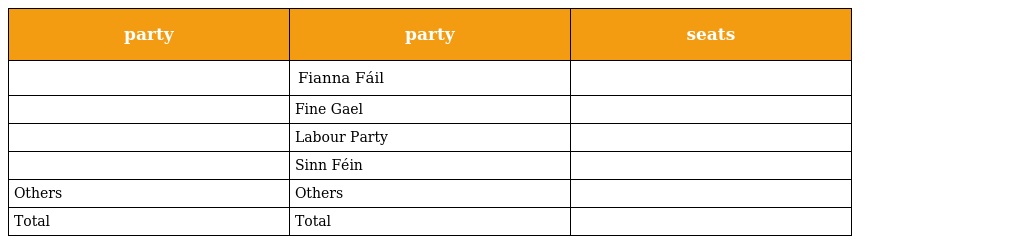
| party | party | seats |
 | --- | --- | --- |
 |  | Fianna Fáil |  |
 |  | Fine Gael |  |
 |  | Labour Party |  |
 |  | Sinn Féin |  |
 | Others | Others |  |
 | Total | Total |  |